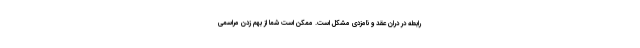
رابطه در دران عقد و نامزدی مشکل است. ممکن است شما از بهم زدن مراسمی